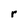
Character: r